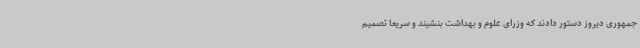
جمهوری دیروز دستور دادند که وزرای علوم و بهداشت بنشیند و سریعاً تصمیم